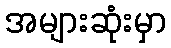
အများဆုံးမှာ